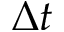
\Delta t